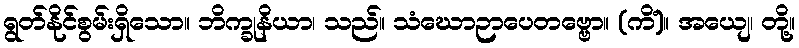
ရွတ်နိုင်စွမ်းရှိသော။ ဘိက္ခုနိယာ၊ သည်။ သံဃောဉာပေတဗ္ဗော။ (ကိံ)။ အယျေ၊ တို့။